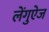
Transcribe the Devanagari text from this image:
लेंगुऐज